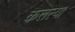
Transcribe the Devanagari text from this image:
कलल्या